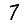
Digit: 7